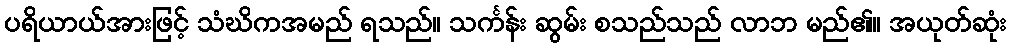
ပရိယာယ်အားဖြင့် သံဃိကအမည် ရသည်။ သင်္ကန်း ဆွမ်း စသည်သည် လာဘ မည်၏။ အယုတ်ဆုံး